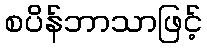
စပိန်ဘာသာဖြင့်